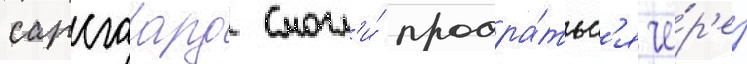
сарсгаард смогл'и́ продра́тьс'я че́р'ез